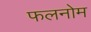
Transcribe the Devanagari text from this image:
फलनोम